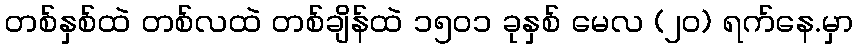
တစ်နှစ်ထဲ တစ်လထဲ တစ်ချိန်ထဲ ၁၅၀၁ ခုနှစ် မေလ (၂၀) ရက်နေ.မှာ